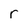
Character: r